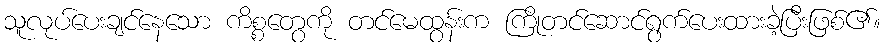
သူလုပ်ပေးချင်နေသော ကိစ္စတွေကို တင်မေထွန်းက ကြိုတင်ဆောင်ရွက်ပေးထားခဲ့ပြီးဖြစ်၏။